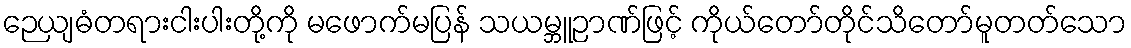
ဉေယျဓံတရားငါးပါးတို့ကို မဖောက်မပြန် သယမ္ဘူဉာဏ်ဖြင့် ကိုယ်တော်တိုင်သိတော်မူတတ်သော